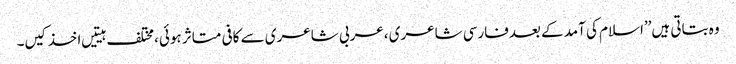
وہ بتاتی ہیں’’اسلام کی آمد کے بعدفارسی شاعری ،عربی شاعری سے کافی متاثر ہوئی،مختلف ہیتیں اخذ کیں۔